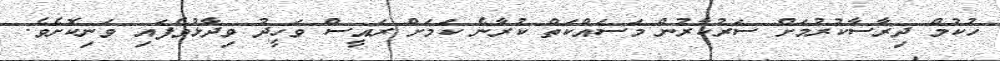
ހުކުމް ދިރާސާކުރުމަށް ސަރުކާރުން މަސައްކަތް ކުރާނެ ކަމަށް ރައީސް ވަހީދު ވިދާޅުވެފައި ވަނިކޮށެވެ.